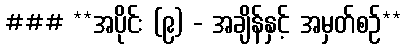
### **အပိုင်း (၉) - အချိန်နှင့် အမှတ်စဉ်**